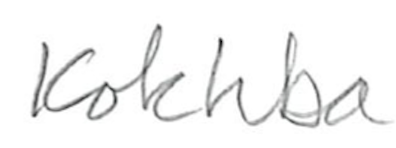
Text: Kokhba
Cross-out: clean
Writing tool: pencil